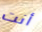
أنت